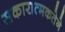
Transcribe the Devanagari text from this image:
सकारात्मकतेने